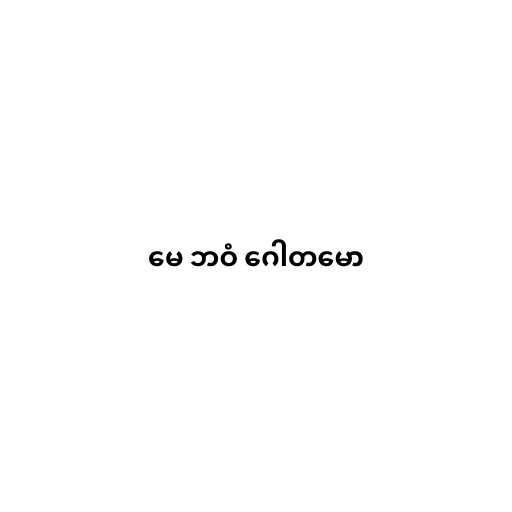
မေ ဘဝံ ဂေါတမော